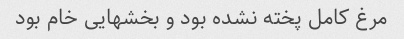
مرغ کامل پخته نشده بود و بخشهایی خام بود